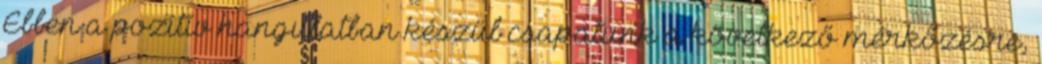
Ebben a pozitív hangulatban készül csapatunk a következő mérkőzésre,